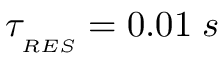
\tau _ { _ { R E S } } = 0 . 0 1 \; s